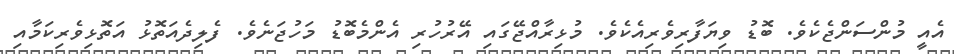
އެއީ މުންސަންޖެކެވެ. ބޮޑު ވިޔަފާރިވެރިއެކެވެ. މުޅިރާއްޖޭގައި އޭރުހުރި އެންމެބޮޑު މަހުޖަނެވެ. ފެލިދެއަތޮޅު އަތޮޅިވެރިކަމާއި